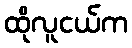
ထိုလူငယ်က